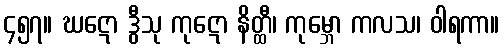
၄၅၇။ ဃဋော ဒွီသု ကုဋော နိတ္ထီ၊ ကုမ္ဘော ကလသ၊ ဝါရကာ။